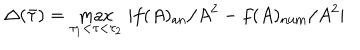
LaTeX: \Delta ( \bar { \tau } ) = \max _ { \tau _ { 1 } < \tau < \tau _ { 2 } } \, | f ( A ) _ { \mathrm { a n } } / A ^ { 2 } - f ( A ) _ { \mathrm { n u m } } / A ^ { 2 } |